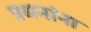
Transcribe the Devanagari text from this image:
प्रधनांना